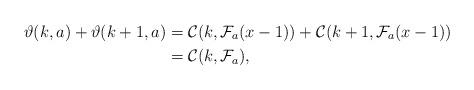
LaTeX: \begin{align*} \vartheta(k, a) + \vartheta(k + 1, a) &= \mathcal{C}(k, \mathcal{F}_a(x - 1)) + \mathcal{C}(k + 1, \mathcal{F}_a(x - 1))\\ &= \mathcal{C}(k, \mathcal{F}_a), \end{align*}